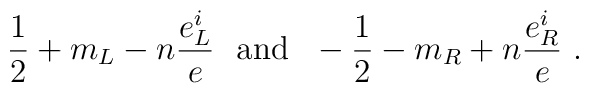
\frac{1}{2} + m_L -n\frac{e_L^i}{e}~~ \mbox{and}~~ -\frac{1}{2} - m_R+n\frac{e_R^i}{e}~.